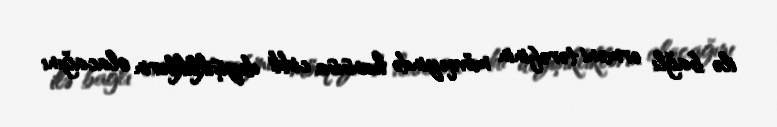
ilə bağlı erməni tərəfinin mövqeyində hansısa ciddi dəyişikliklərin olacağını